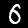
Label: 6